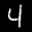
Label: 4